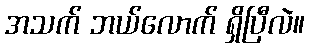
အသက် ဘယ်လောက် ရှိပြီလဲ။